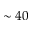
\sim 4 0